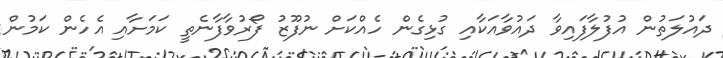
ދައުލަތުން އުފުލާފައިވާ ދައުވާއަކާއި ގުޅިގެން ހެއްކަށް ނުފޫޒު ފޯރުވާފާނެތީ ކަމަށާއި އެހެން ކަމުން